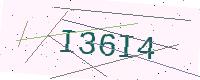
Text: I36I4